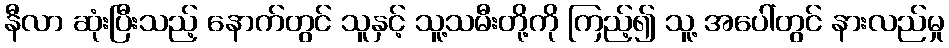
နီလာ ဆုံးပြီးသည့် နောက်တွင် သူနှင့် သူ့သမီးတို့ကို ကြည့်၍ သူ့ အပေါ်တွင် နားလည်မှု